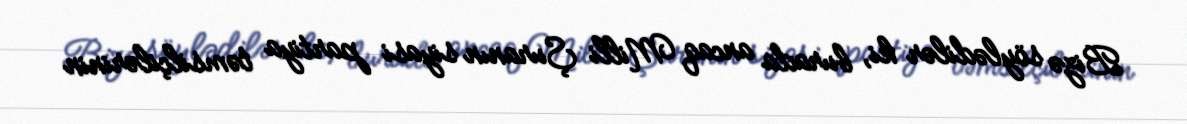
Bizə söylədilər ki, burada ancaq Milli Şuranın siyasi partiya təmsilçilərinin